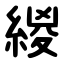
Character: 緵